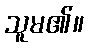
သူမ၏။